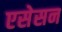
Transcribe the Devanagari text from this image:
एसेसन